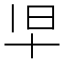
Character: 𫝒